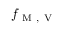
f _ { \mathrm { ~ M ~ , ~ V ~ } }